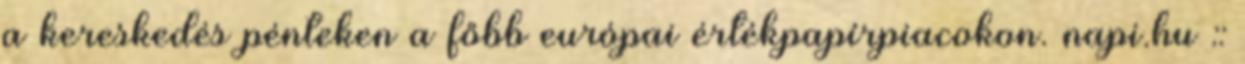
a kereskedés pénteken a főbb európai értékpapírpiacokon. napi.hu ::